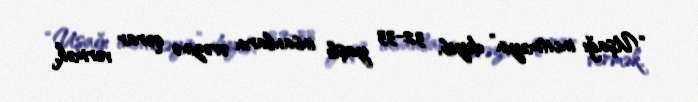
“Uşağı incitməyin” deyib, 32-33 yaşlı insanların əvəzinə qərar vermək,